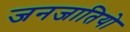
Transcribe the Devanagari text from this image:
जनजातियो